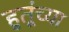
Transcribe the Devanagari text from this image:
हुतूंच्‍या